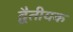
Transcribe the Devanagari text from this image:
द्वैतीयक